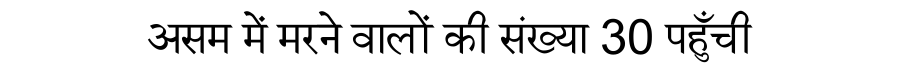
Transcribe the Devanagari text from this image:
असम में मरने वालों की संख्या 30 पहुँची